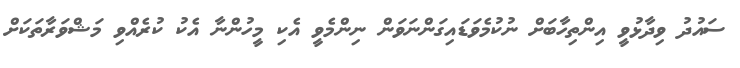
ސައުދު ވިދާޅުވީ އިންތިހާބަށް ނުކުމެވަޑައިގަންނަވަން ނިންމެވީ އެކި މީހުންނާ އެކު ކުރެއްވި މަޝްވަރާތަކަށް